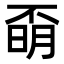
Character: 𣈇